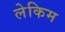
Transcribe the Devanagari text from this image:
लेकिम